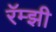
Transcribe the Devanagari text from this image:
रॅम्झी